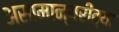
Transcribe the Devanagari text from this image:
असामान्यरीत्या